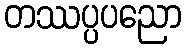
တဿပ္ပပညော